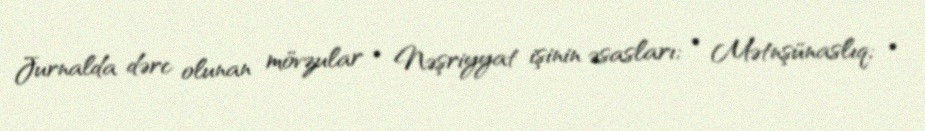
Jurnalda dərc olunan mövzular • Nəşriyyat işinin əsasları; • Mətnşünaslıq; •